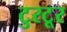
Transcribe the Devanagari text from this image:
टुरटूर